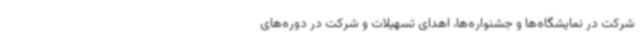
شرکت در نمایشگاه‌ها و جشنواره‌ها، اهدای تسهیلات و شرکت در دوره‌های